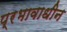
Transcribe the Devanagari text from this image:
प्रभावाधीन